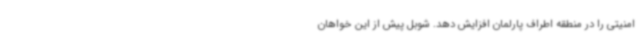
امنیتی را در منطقه اطراف پارلمان افزایش دهد. شوبل پیش از این خواهان